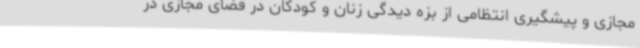
مجازی و پیشگیری انتظامی از بزه دیدگی زنان و کودکان در فضای مجازی در